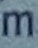
m